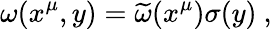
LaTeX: \omega(x^{\mu},y)={\widetilde\omega}(x^{\mu})\sigma(y)~,